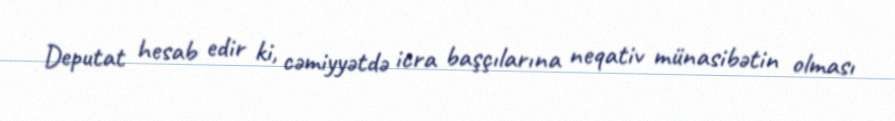
Deputat hesab edir ki, cəmiyyətdə icra başçılarına neqativ münasibətin olması